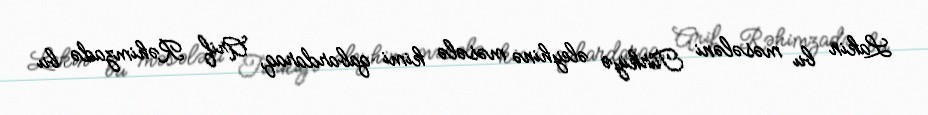
Lakin bu məsələni Türkiyə əleyhinə məsələ kimi qabardaraq, Arif Rəhimzadə bu